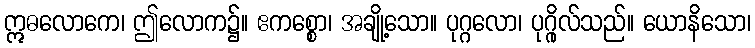
ဣဓလောကေ၊ ဤလောက၌။ ဧကစ္စော၊ အချို့သော။ ပုဂ္ဂလော၊ ပုဂ္ဂိုလ်သည်။ ယောနိသော၊